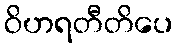
ဝိဟရတီတိပေ